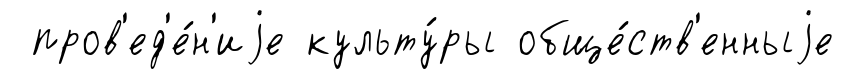
пров'ед'е́н'иjе культу́ры обще́ств'енныjе